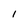
Character: 1